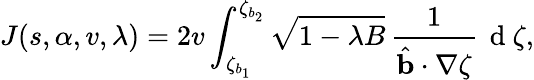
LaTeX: J(s,\alpha,v,\lambda)=2v\int_{\zeta_{b_{1}}}^{\zeta_{b_{2}}}\sqrt{1-\lambda B}\, \frac{1}{\hat{\mathbf{b}}\cdot\nabla\zeta}\, \mathrm{~d~}\zeta,